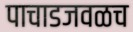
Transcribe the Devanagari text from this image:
पाचाडजवळच